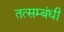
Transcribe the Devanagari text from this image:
तत्सम्बंधी